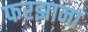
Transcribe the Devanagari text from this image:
फरझाना